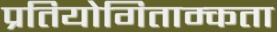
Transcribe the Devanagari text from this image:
प्रतियोगिताम्कता